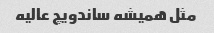
مثل همیشه ساندویچ عالیه